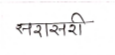
मजकूर: सरासरी